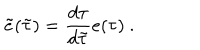
\tilde { e } ( \tilde { \tau } ) = \frac { d \tau } { d \tilde { \tau } } e ( \tau ) \ .